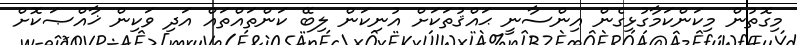
މިގޮތުން މިކަންކަމާގުޅިގެން އިންސާނީ ޙައްޤުތަކަށް އުނިކަން ލިބޭ ކަންތައްތައް އަދި ވަކިން ޚާއްޞަކޮށް